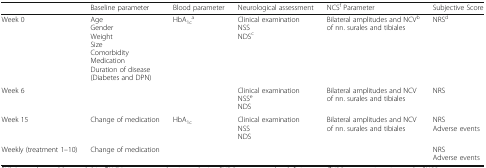
|  | Baseline parameter | Blood parameter | Neurological assessment | NCSf Parameter | Subjective Score |
 | --- | --- | --- | --- | --- | --- |
 | Week 0 | AgeGenderWeightSizeComorbidityMedicationDuration of disease (Diabetes and DPN) | HbA1ca | Clinical examinationNSSNDSc | Bilateral amplitudes and NCVbof nn. surales and tibiales | NRSd |
 | Week 6 |  |  | Clinical examinationNSSeNDS | Bilateral amplitudes and NCV of nn. surales and tibiales | NRS |
 | Week 15 | Change of medication | HbA1c | Clinical examinationNSSNDS | Bilateral amplitudes and NCV of nn. surales and tibiales | NRSAdverse events |
 | Weekly (treatment 1–10) | Change of medication |  |  |  | NRSAdverse events |